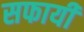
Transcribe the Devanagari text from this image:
सफायी